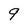
Character: 9